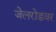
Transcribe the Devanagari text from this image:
जेलरोडवर